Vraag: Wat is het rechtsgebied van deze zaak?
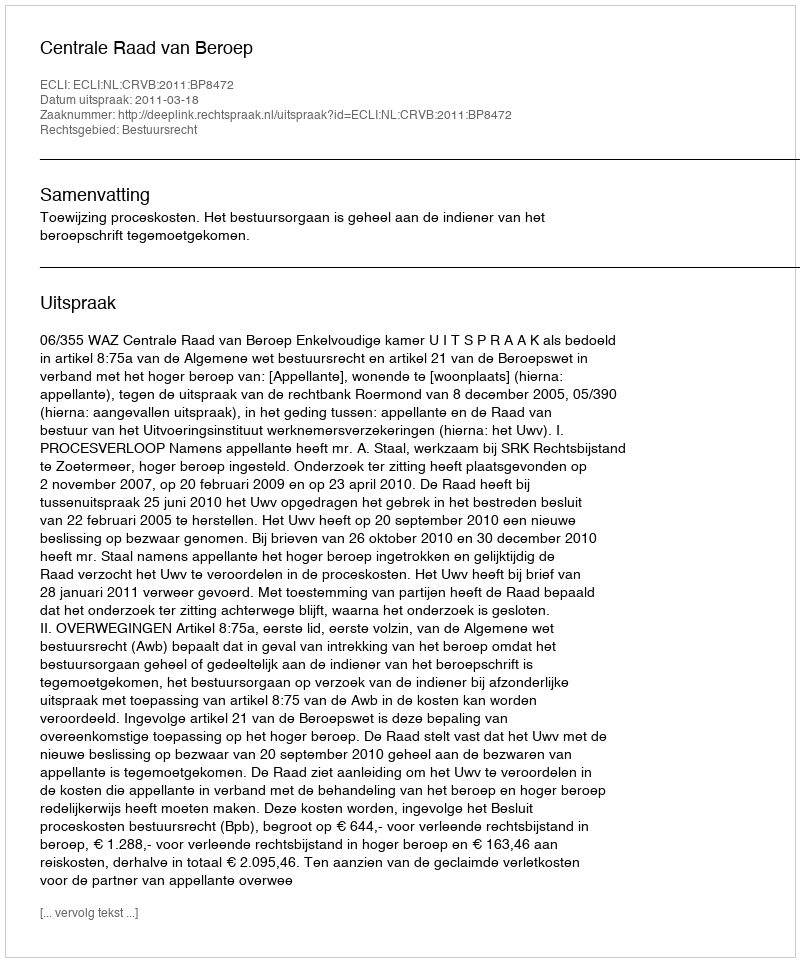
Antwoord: Bestuursrecht